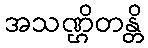
အသဏ္ဌိတန္တိ